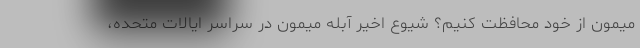
میمون از خود محافظت کنیم؟ شیوع اخیر آبله میمون در سراسر ایالات متحده،